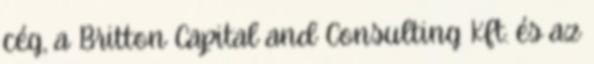
cég, a Britton Capital and Consulting Kft. és az